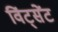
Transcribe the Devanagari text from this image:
विंट्सेंट